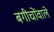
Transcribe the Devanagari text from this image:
बगीचोंवाले